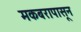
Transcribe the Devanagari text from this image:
मकबरापासून